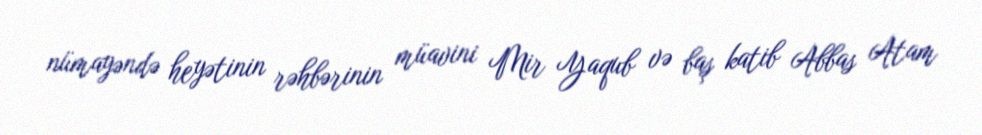
nümayəndə heyətinin rəhbərinin müavini Mir Yaqub və baş katib Abbas Atam